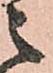
之